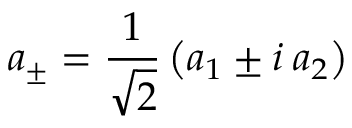
a _ { \pm } = { \frac { 1 } { \sqrt 2 } } \left( a _ { 1 } \pm i \: a _ { 2 } \right)